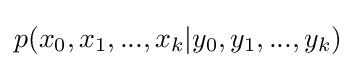
p(x_{0},x_{1},...,x_{k}|y_{0},y_{1},...,y_{k})